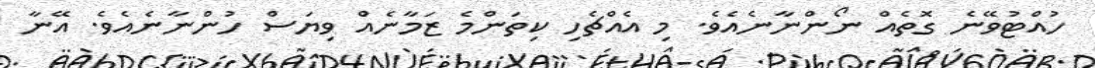
ހުއްޓުވޭނެ ގޮތެއް ނޯންނާނެއެވެ. މި އެއްޗެހި ކިތަންމެ ޒަމާނެއް ވިޔަސް ހުންނާނެއެވެ. އޭނާ